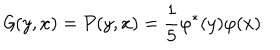
LaTeX: \mathcal G ( y , x ) = \mathcal P ( y , x ) = \frac { 1 } { 5 } \varphi ^ { * } ( y ) \varphi ( x )